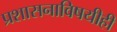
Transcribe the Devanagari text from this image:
प्रशासनाविषयीही